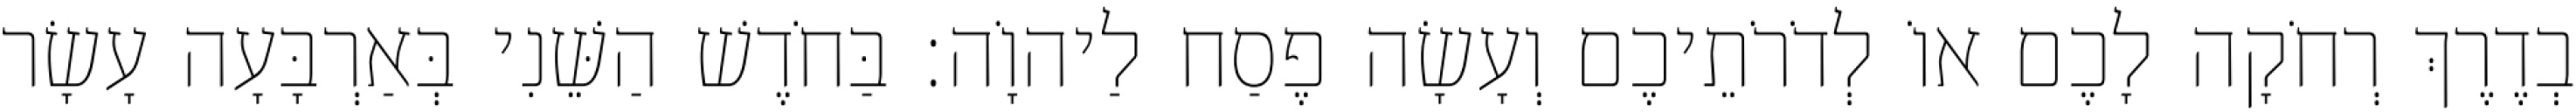
בְדֶרֶךְ רְחֹקָה לָכֶם אוֹ לְדֹרֹתֵיכֶם וְעָשָׂה פֶסַח לַיהוָֹה׃ בַּחֹדֶשׁ הַשֵּׁנִי בְּאַרְבָּעָה עָשָׂר